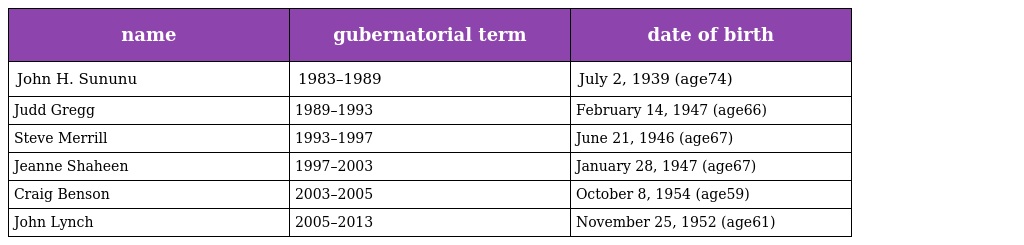
| name | gubernatorial term | date of birth |
 | --- | --- | --- |
 | John H. Sununu | 1983–1989 | July 2, 1939 (age74) |
 | Judd Gregg | 1989–1993 | February 14, 1947 (age66) |
 | Steve Merrill | 1993–1997 | June 21, 1946 (age67) |
 | Jeanne Shaheen | 1997–2003 | January 28, 1947 (age67) |
 | Craig Benson | 2003–2005 | October 8, 1954 (age59) |
 | John Lynch | 2005–2013 | November 25, 1952 (age61) |